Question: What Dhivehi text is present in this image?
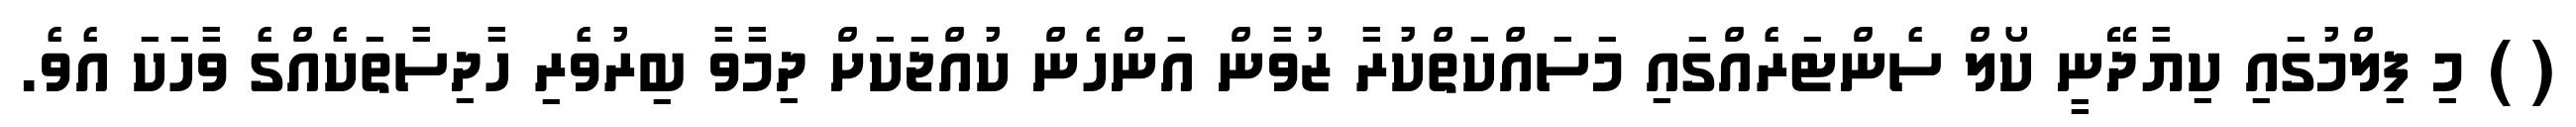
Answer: ( ) މި ފިލްމުގައި ކިޔާދޭނީ ކޯލް ސެންޓަރެއްގައި މަސައްކަތްކުރާ ޒުވާން އަންހެން ކުއްޖަކަށް ދިމާވާ ބިރުވެރި ހާދިސާތަކެއްގެ ވާހަކަ އެވެ.